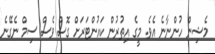
މެޝިން ހުންނާނެ އެވެ. މީގެ އިތުރުން ކައުންޓަރަށް ގޮސް ވެސް ސިމް ނެގޭނެ